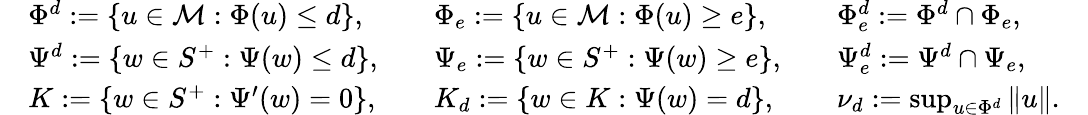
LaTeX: \begin{array}{rlrlrlr}&{\Phi^{d}:=\{ u\in\mathcal{M}:\Phi(u)\leq d\} ,}&&{\Phi_{e}:=\{ u\in\mathcal{M}:\Phi(u)\geq e\} ,}&&{\Phi_{e}^{d}:=\Phi^{d}\cap\Phi_{e},}&\\ &{\Psi^{d}:=\{ w\in S^{+}:\Psi(w)\leq d\} ,}&&{\Psi_{e}:=\{ w\in S^{+}:\Psi(w)\geq e\} ,}&&{\Psi_{e}^{d}:=\Psi^{d}\cap\Psi_{e},}&\\ &{K:=\{ w\in S^{+}:\Psi^{\prime}(w)=0\} ,}&&{K_{d}:=\{ w\in K:\Psi(w)=d\} ,}&&{\nu_{d}:=\operatorname*{sup}_{u\in\Phi^{d}}\| u\| .}&\end{array}